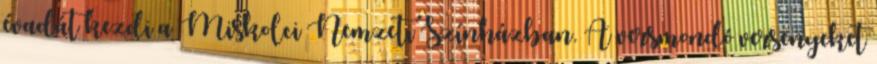
évadát kezdi a Miskolci Nemzeti Színházban. A versmondó versenyeket